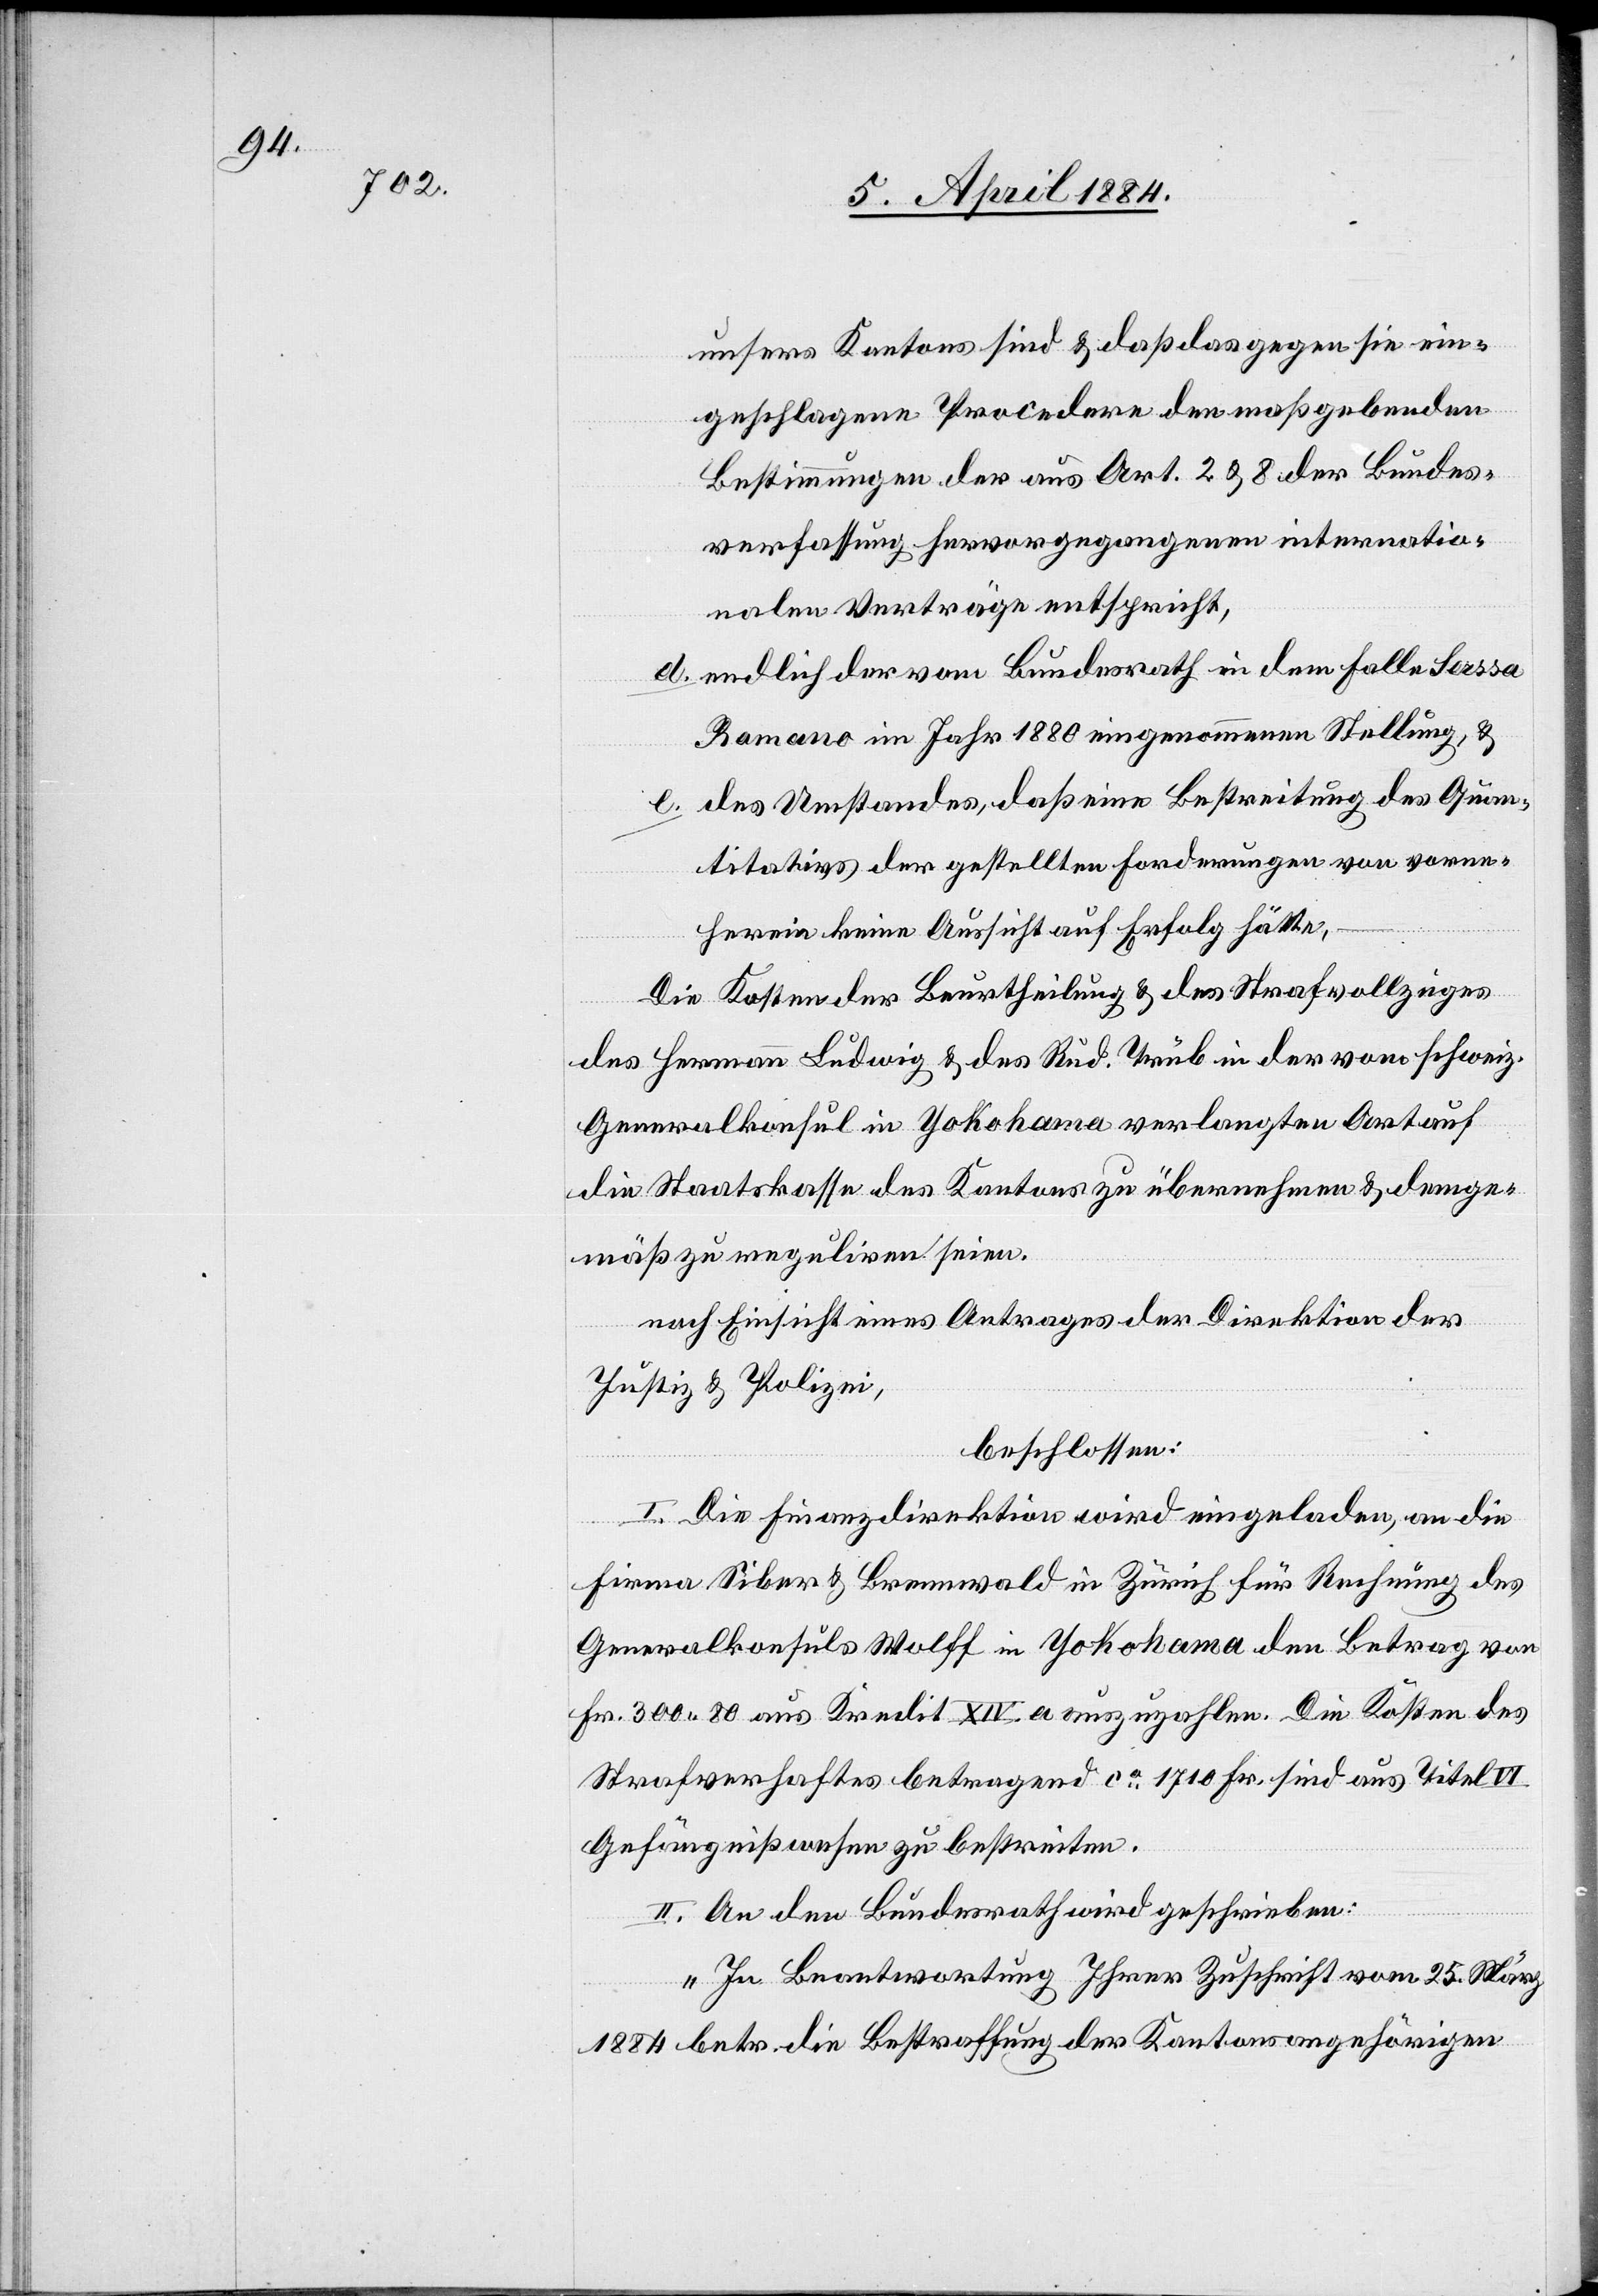
unseres Kantons sind & daß das gegen sie ein¬
geschlagene Procedere den maßgebenden
Bestimmungen der aus Art. 2 & 8 der Bundes¬
verfassung hervorgegangenen internatio¬
nalen Verträge entspricht,
d. endlich der vom Bundesrath in dem Falle Sassa
Romano im Jahr 1880 eingenommene Stellung, &
e. des Umstandes, daß eine Bestreitung des Quan¬
titativs der gestellten Forderungen von vorn¬
herein keine Aussicht auf Erfolg hätte,
Die Kosten der Beurtheilung & des Strafvollzuges
des Hermann Ludwig & des Rud. Trüb in der vom schweiz.
Generalkonsul in Yokohama verlangten Art auf
die Staatskasse des Kantons zu übernehmen & demge¬
mäß zu reguliren seien.
nach Einsicht eines Antrages der Direktion der
Justiz & Polizei,
beschlossen:
I. Die Finanzdirektion wird eingeladen, an die
Firma Siber & Brennwald in Zürich für Rechnung des
Generalkonsuls Wolff in Yokohama den Betrag von
Fr. 300 80 aus Kredit XIV. a auszuzahlen. Die Kosten des
Strafverhaftes betragend ca 1710 Fr. sind aus Titel VI
Gefängnißwesen zu bestreiten.
II. An den Bundesrath wird geschrieben:
„In Beantwortung Ihrer Zuschrift vom 25. März
1884 betr. die Bestraffung [sic!] der Kantonsangehörigen